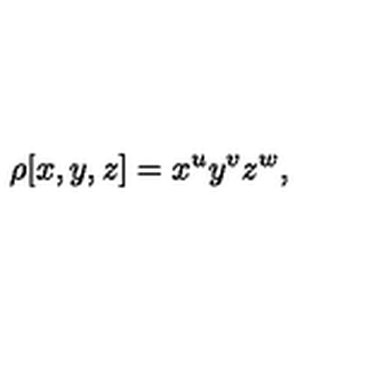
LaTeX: \rho [ x , y , z ] = x ^ { u } y ^ { v } z ^ { w } ,